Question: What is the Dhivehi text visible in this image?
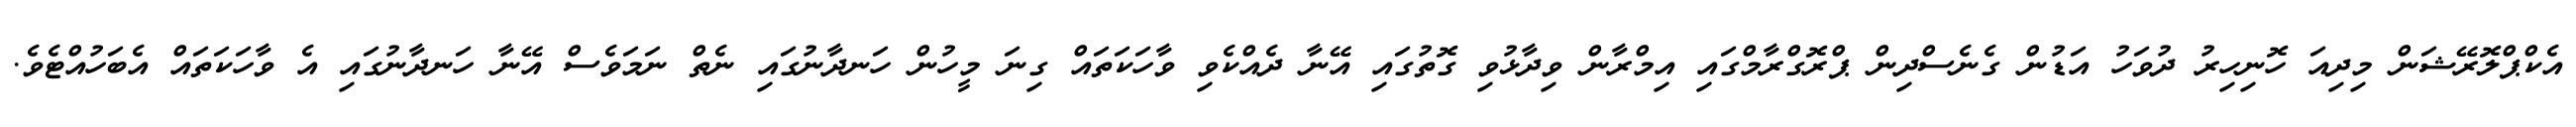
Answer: އެކްޕްލޮރޭޝަން މިދިއަ ހޮނިހިރު ދުވަހު އަޑުން ގެނެސްދިން ޕްރޮގްރާމްގައި އިމްރާން ވިދާޅުވި ގޮތުގައި އޭނާ ދެއްކެވި ވާހަކަތައް ގިނަ މީހުން ހަނދާނުގައި ނެތް ނަމަވެސް އޭނާ ހަނދާނުގައި އެ ވާހަކަތައް އެބަހުއްޓެވެ.